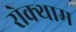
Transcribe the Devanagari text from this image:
रोक्थाम